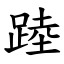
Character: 踛